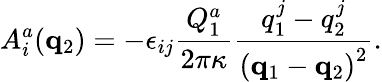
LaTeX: A_{i}^{a}({\mathbf q}_{2})=-\epsilon_{ij}\frac{Q_{1}^{a}}{2\pi\kappa}\frac{q_{1}^{j}-q_{2}^{j}}{\left({\mathbf q}_{1}-{\mathbf q}_{2}\right)^{2}}.